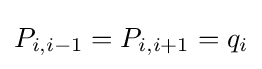
P_{i,i-1}=P_{i,i+1}=q_{i}